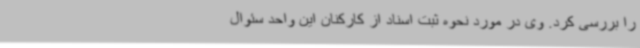
را بررسی کرد. وی در مورد نحوه ثبت اسناد از کارکنان این واحد سئوال